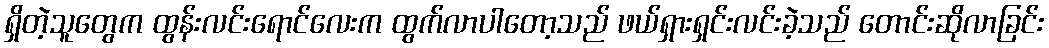
ရှိတဲ့သူတွေက ထွန်းလင်းရောင်လေးက ထွက်လာပါတော့သည် ဖယ်ရှားရှင်းလင်းခဲ့သည် တောင်းဆိုလာခြင်း